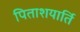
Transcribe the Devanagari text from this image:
पिताशयार्ति